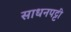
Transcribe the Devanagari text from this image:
साधनपट्टी